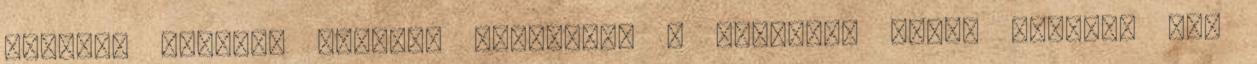
azelõtt havonta kellett felszúrni a fülemet, azóta egyszer sem